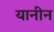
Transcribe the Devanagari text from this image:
यानीन